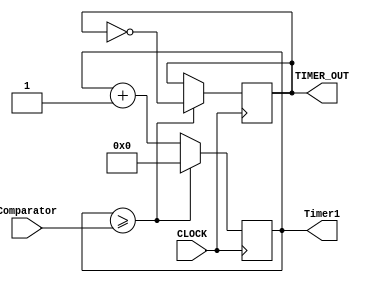
`timescale 1ns / 1ps
//////////////////////////////////////////////////////////////////////////////////
// Company: 
// Engineer: 
// 
// Design Name: 
// Module Name:    Divisor_frecuencia 
// Project Name: 
// Target Devices: 
// Tool versions: 
// Description: 
//
// Dependencies: 
//
// Revision: 
// Revision 0.01 - File Created
// Additional Comments: 
//
//////////////////////////////////////////////////////////////////////////////////
module Divisor_frecuencia
	#(parameter Bits_counter = 32)
	 (	input  CLOCK,
		output TIMER_OUT,
		input  [Bits_counter-1:0] Comparator,
		output reg [Bits_counter-1:0] Timer1
		);

   reg RESULT;
	
   always @(posedge CLOCK)
	begin
		
		if (Timer1 >= Comparator)
			begin
			     RESULT <= !RESULT;
			     Timer1 <= 0;
			end		
			
		else
		   begin
			     Timer1 <= Timer1+1; 
				  RESULT <= RESULT;
		   end
	end	
	assign TIMER_OUT = RESULT; 

endmodule